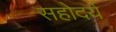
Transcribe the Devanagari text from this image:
सहोदर्य